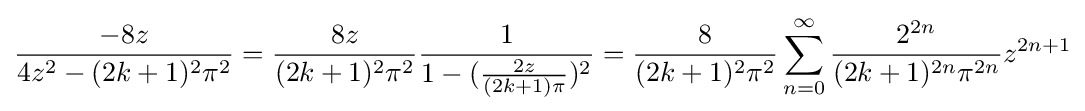
{\frac {-8z}{4z^{2}-(2k+1)^{2}\pi ^{2}}}={\frac {8z}{(2k+1)^{2}\pi ^{2}}}{\frac {1}{1-({\frac {2z}{(2k+1)\pi }})^{2}}}={\frac {8}{(2k+1)^{2}\pi ^{2}}}\sum _{n=0}^{\infty }{\frac {2^{2n}}{(2k+1)^{2n}\pi ^{2n}}}z^{2n+1}